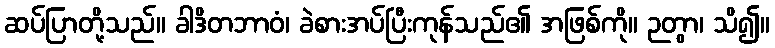
ဆပ်ပြာတို့သည်။ ခါဒိတဘာဝံ၊ ခဲစားအပ်ပြီးကုန်သည်၏ အဖြစ်ကို။ ဉတွာ၊ သိ၍။